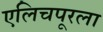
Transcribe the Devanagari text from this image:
एलिचपूरला